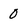
Character: 0